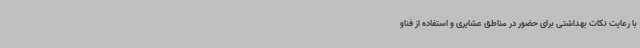
با رعایت نکات بهداشتی برای حضور در مناطق عشایری و استفاده از فناو